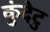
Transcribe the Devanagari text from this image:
कुंदेटु